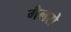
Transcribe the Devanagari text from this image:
गैलरो